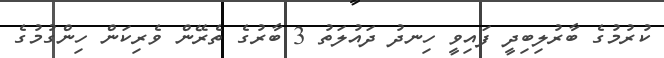
ކުރުމުގެ ބާރުލިބިދީ ފައިވީ ހިނދު ދައުލަތު 3 ބާރުގެ ތެރޭން ވެރިކަން ހިންގުމުގެ